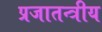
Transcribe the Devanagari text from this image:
प्रजातन्त्रीय